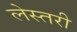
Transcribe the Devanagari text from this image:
लेस्तरी